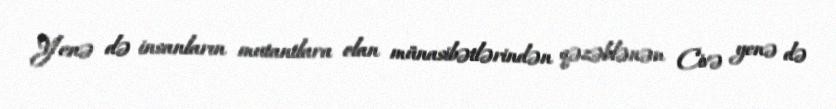
Yenə də insanların mutantlara olan münasibətlərindən qəzəblənən Civə yenə də